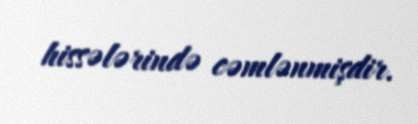
hissələrində cəmlənmişdir.